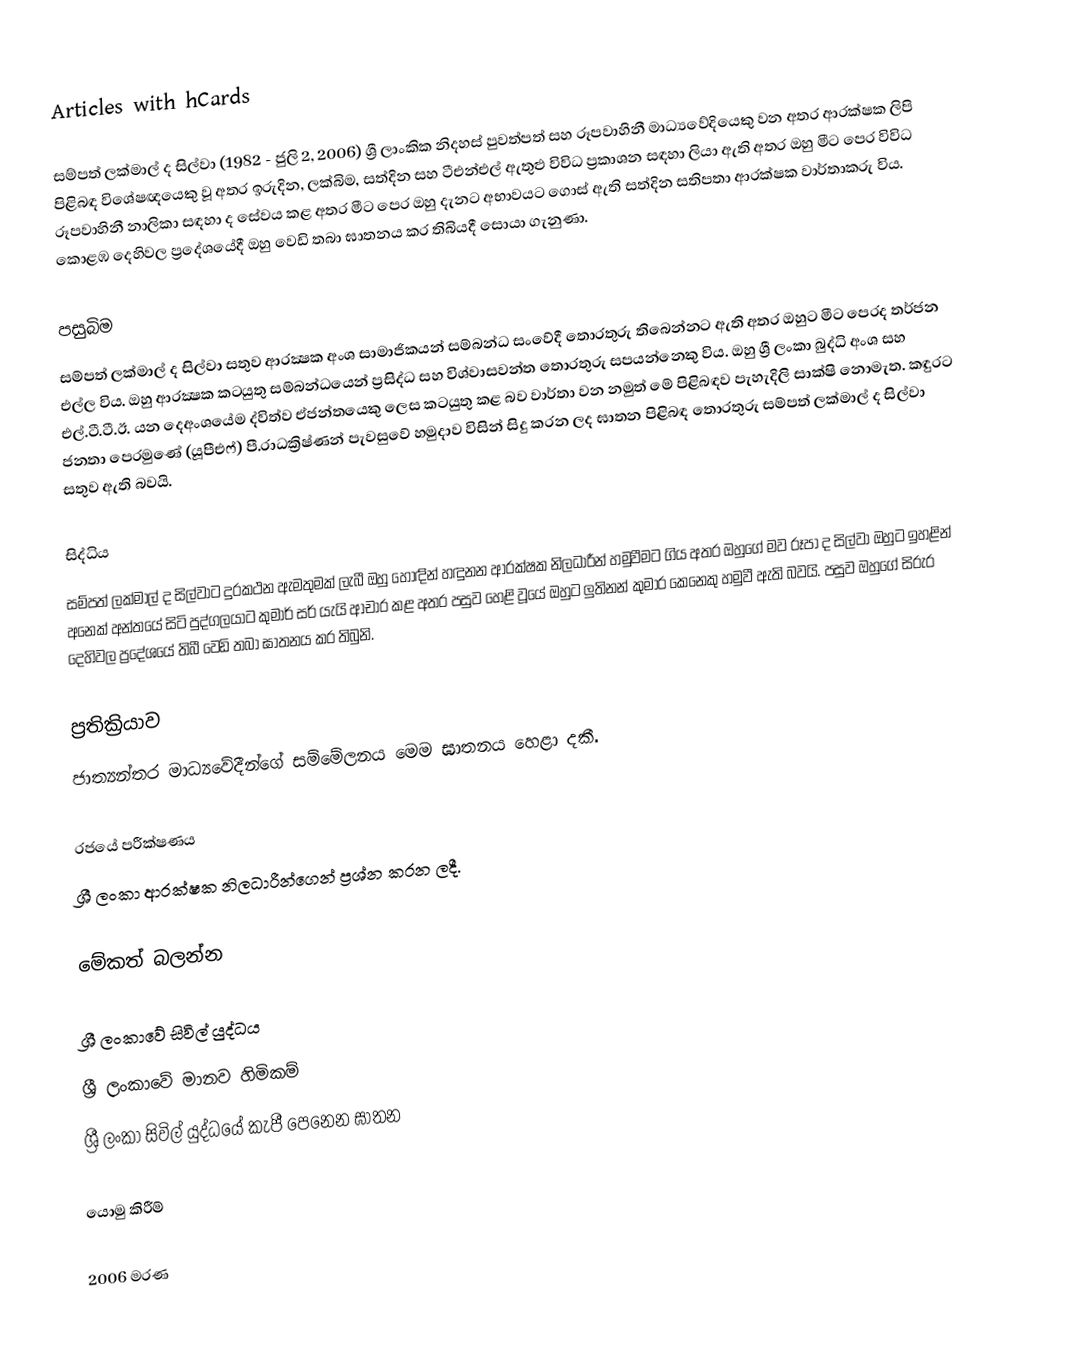
Articles with hCards

සම්පත් ලක්මාල් ද සිල්වා (1982 - ජුලි 2, 2006) ශ්‍රී ලාංකික නිදහස් පුවත්පත් සහ රූපවාහිනී මාධ්‍යවේදියෙකු වන අතර ආරක්ෂක ලිපි පිළිබඳ විශේෂඥයෙකු වූ අතර ඉරුදින, ලක්බිම, සත්දින සහ ටීඑන්එල් ඇතුළු විවිධ ප්‍රකාශන සඳහා ලියා ඇති අතර ඔහු මීට පෙර විවිධ රූපවාහිනී නාලිකා සඳහා ද සේවය කළ අතර මීට පෙර ඔහු දැනට අභාවයට ගොස් ඇති සත්දින සතිපතා ආරක්ෂක වාර්තාකරු විය. කොළඹ දෙහිවල ප්‍රදේශයේදී ඔහු වෙඩි තබා ඝාතනය කර තිබියදී සොයා ගැනුණා.

පසුබිම
සම්පත් ලක්මාල් ද සිල්වා සතුව ආරක්‍ෂක අංශ සාමාජිකයන් සම්බන්ධ සංවේදී තොරතුරු තිබෙන්නට ඇති අතර ඔහුට මීට පෙරද තර්ජන එල්ල විය. ඔහු ආරක්‍ෂක කටයුතු සම්බන්ධයෙන් ප්‍රසිද්ධ සහ විශ්වාසවන්ත තොරතුරු සපයන්නෙකු විය. ඔහු ශ්‍රී ලංකා බුද්ධි අංශ සහ එල්.ටී.ටී.ඊ. යන දෙඅංශයේම ද්විත්ව ඒජන්තයෙකු ලෙස කටයුතු කළ බව වාර්තා වන නමුත් මේ පිළිබඳව පැහැදිලි සාක්ෂි නොමැත. කඳුරට ජනතා පෙරමුණේ (යූපීඑෆ්) පී.රාධක්‍රිෂ්ණන් පැවසුවේ හමුදාව විසින් සිදු කරන ලද ඝාතන පිළිබඳ තොරතුරු සම්පත් ලක්මාල් ද සිල්වා සතුව ඇති බවයි.

සිද්ධිය
සම්පත් ලක්මාල් ද සිල්වාට දුරකථන ඇමතුමක් ලැබී ඔහු හොඳින් හඳුනන ආරක්ෂක නිලධාරීන් හමුවීමට ගිය අතර ඔහුගේ මව රූපා ද සිල්වා ඔහුට ඉහළින් අනෙක් අන්තයේ සිටි පුද්ගලයාට කුමාර් සර් යැයි ආචාර කළ අතර පසුව හෙළි වූයේ ඔහුට ලුතිනන් කුමාර කෙනෙකු හමුවී ඇති බවයි. පසුව ඔහුගේ සිරුර දෙහිවල ප්‍රදේශයේ තිබී වෙඩි තබා ඝාතනය කර තිබුනි.

ප්‍රතික්‍රියාව
ජාත්‍යන්තර මාධ්‍යවේදීන්ගේ සම්මේලනය මෙම ඝාතනය හෙළා දකී.

රජයේ පරීක්ෂණය
ශ්‍රී ලංකා ආරක්ෂක නිලධාරීන්ගෙන් ප්‍රශ්න කරන ලදී.

මේකත් බලන්න

 ශ්‍රී ලංකාවේ සිවිල් යුද්ධය
 ශ්‍රී ලංකාවේ මානව හිමිකම්
 ශ්‍රී ලංකා සිවිල් යුද්ධයේ කැපී පෙනෙන ඝාතන

යොමු කිරීම්

2006 මරණ